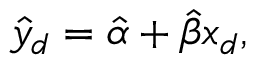
{ \hat { y } } _ { d } = { \hat { \alpha } } + { \hat { \beta } } x _ { d } ,